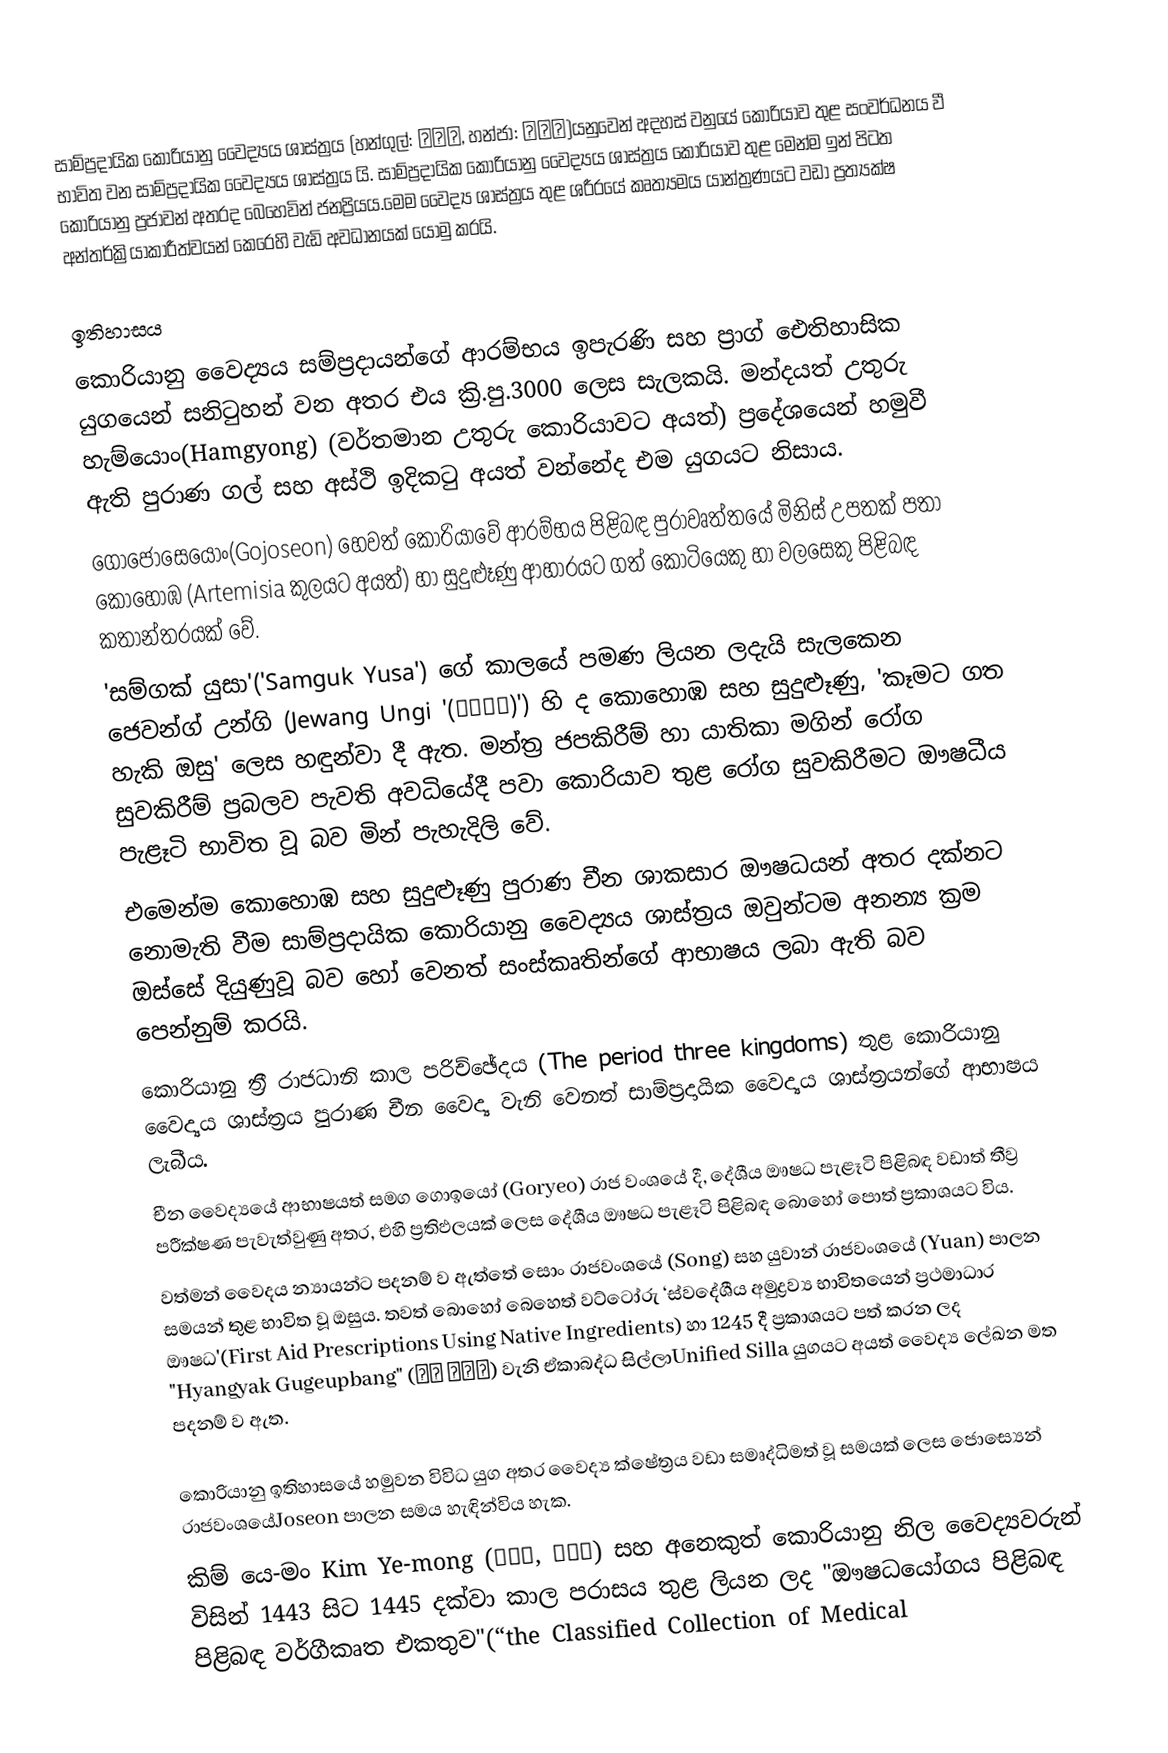
සාම්ප්‍රදායික කොරියානු වෛද්‍යය ශාස්ත්‍රය  (හන්ගුල්: 한의학, හන්ජා: 韓醫學)යනුවෙන් අදහස් වනුයේ කොරියාව තුළ සංවර්ධනය වී භාවිත වන සාම්ප්‍රදායික වෛද්‍යය ශාස්ත්‍රය යි.  සාම්ප්‍රදායික කොරියානු වෛද්‍යය ශාස්ත්‍රය කොරියාව තුළ මෙන්ම ඉන් පිටත කොරියානු ප්‍රජාවන් අතරද බෙහෙවින් ජනප්‍රියය.මෙම වෛද්‍ය ශාස්ත්‍රය තුළ ශරීරයේ කෘත්‍යමය යාන්ත්‍රණයට වඩා ප්‍රත්‍යක්ෂ අන්තර්ක්‍රියාකාරීත්වයන් කෙරෙහි වැඩි අවධානයක් යොමු කරයි.

ඉතිහාසය
කොරියානු වෛද්‍යය සම්ප්‍රදායන්ගේ ආරම්භය ඉපැරණි සහ ප්‍රාග් ඓතිහාසික යුගයෙන් සනිටුහන් වන අතර එය ක්‍රි.පු.3000 ලෙස සැලකයි. මන්දයත් උතුරු හැම්යොං(Hamgyong) (වර්තමාන උතුරු කොරියාවට අයත්) ප්‍රදේශයෙන් හමුවී ඇති පුරාණ ගල් සහ අස්ථි ඉදිකටු අයත් වන්නේද එම යුගයට නිසාය.
ගොජොසෙයොං(Gojoseon) හෙවත් කොරියාවේ ආරම්භය පිළිබඳ පුරාවෘත්තයේ මිනිස් උපතක් පතා කොහොඹ (Artemisia කුලයට අයත්) හා සුදුළූණු ආහාරයට ගත් කොටියෙකු හා වලසෙකු පිළිබඳ කතාන්තරයක් වේ.
'සම්ගක් යුසා'('Samguk Yusa') ගේ කාලයේ පමණ ලියන ලදැයි සැලකෙන ජෙවන්ග් උන්ගි (Jewang Ungi '(제왕운기)') හි ද කොහොඹ සහ සුදුළූණු, 'කෑමට ගත හැකි ඔසු' ලෙස හඳුන්වා දී ඇත. මන්ත්‍ර ජපකිරීම් හා යාතිකා මගින් රෝග සුවකිරීම් ප්‍රබලව පැවති අවධියේදී පවා කොරියාව තුළ රෝග සුවකිරීමට ඖෂධීය පැළෑටි භාවිත වූ බව මින් පැහැදිලි වේ.
එමෙන්ම කොහොඹ සහ සුදුළූණු පුරාණ චීන ශාකසාර ඖෂධයන් අතර දක්නට නොමැති වීම සාම්ප්‍රදායික කොරියානු වෛද්‍යය ශාස්ත්‍රය ඔවුන්ටම අනන්‍ය ක්‍රම ඔස්සේ දියුණුවූ බව හෝ වෙනත් සංස්කෘතින්ගේ ආභාෂය ලබා ඇති  බව පෙන්නුම් කරයි.
‍කොරියානු ත්‍රී රාජධානි කාල පරිච්ඡේදය (The period  three kingdoms) තුළ කොරියානු වෛද්‍යය ශාස්ත්‍රය පුරාණ චීන වෛද්‍ය වැනි වෙනත් සාම්ප්‍රදායික වෛද්‍යය ශාස්ත්‍රයන්ගේ ආභාෂය ලැබීය.
චීන වෛද්‍යයේ ආභාෂයත් සමග ගොඉයෝ (Goryeo) රාජ වංශයේ දී, දේශීය ඖෂධ පැළෑටි පිළිබඳ වඩාත් තීව්‍ර පරීක්ෂණ පැවැත්වුණු අතර, එහි ප්‍රතිඵලයක් ලෙස දේශීය ඖෂධ පැළෑටි පිළිබඳ බොහෝ පොත් ප්‍රකාශයට විය.
වත්මන් වෛදය න්‍යායන්ට පදනම් ව ඇත්තේ සොං රාජවංශයේ (Song) සහ යුවාන් රාජවංශයේ (Yuan) පාලන සමයන් තුළ භාවිත වූ ඔසුය. තවත් බොහෝ බෙහෙත් වට්ටෝරු ‘ස්වදේශීය අමුද්‍රව්‍ය භාවිතයෙන් ප්‍රථමාධාර ඖෂධ'(First Aid Prescriptions Using Native Ingredients) හා 1245 දී ප්‍රකාශයට පත් කරන ලද  "Hyangyak Gugeupbang" (향약 구급방) වැනි ඒකාබද්ධ සිල්ලාUnified Silla යුගයට අයත් වෛද්‍ය ලේඛන මත පදනම් ව ඇත.

කොරියානු ඉතිහාසයේ හමුවන විවිධ යුග අතර වෛද්‍ය ක්ෂේත්‍රය වඩා සමෘද්ධිමත් වූ සමයක් ලෙස ජොස්‍යෙන් රාජවංශයේJoseon පාලන සමය හැඳින්විය හැක.
කිම් යෙ-මං Kim Ye-mong (金禮蒙, 김예몽) සහ අනෙකුත් කොරියානු නිල වෛද්‍යවරුන් විසින් 1443 සිට 1445 දක්වා කාල පරාසය තුළ ලියන ලද  "ඖෂධයෝගය පිළිබඳ පිළිබඳ වර්ගීකෘත එකතුව"(“the Classified Collection of Medical